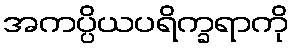
အကပ္ပိယပရိက္ခရာကို